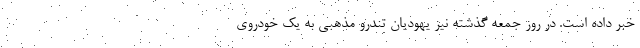
خبر داده است. در روز جمعه گذشته نیز یهودیان تندرو مذهبی به یک خودروی